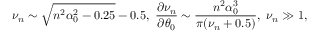
\nu _ { n } \sim \sqrt { n ^ { 2 } \alpha _ { 0 } ^ { 2 } - 0 . 2 5 } - 0 . 5 , \ \frac { \partial \nu _ { n } } { \partial \theta _ { 0 } } \sim \frac { n ^ { 2 } \alpha _ { 0 } ^ { 3 } } { \pi ( \nu _ { n } + 0 . 5 ) } , \ \nu _ { n } \gg 1 ,